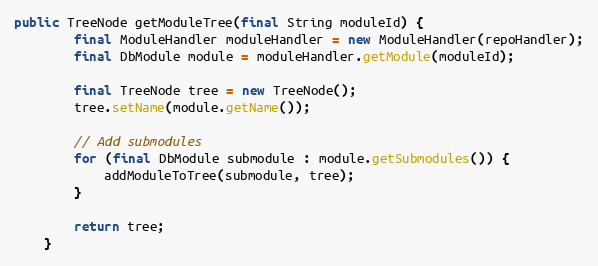
Language: Java
public TreeNode getModuleTree(final String moduleId) {
        final ModuleHandler moduleHandler = new ModuleHandler(repoHandler);
        final DbModule module = moduleHandler.getModule(moduleId);

        final TreeNode tree = new TreeNode();
        tree.setName(module.getName());

        // Add submodules
        for (final DbModule submodule : module.getSubmodules()) {
            addModuleToTree(submodule, tree);
        }

        return tree;
    }